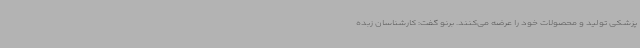
پزشکی تولید و محصولات خود را عرضه می‌کنند. برنو گفت: کارشناسان زبده